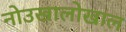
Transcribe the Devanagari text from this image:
नोउखालोखाल